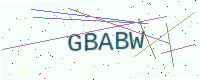
Text: GBABW